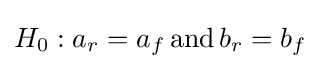
{\textstyle H_{0}:a_{r}=a_{f}\operatorname {and} b_{r}=b_{f}}